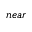
n e a r